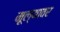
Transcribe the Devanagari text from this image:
मूल्यावर